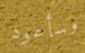
وسأعود